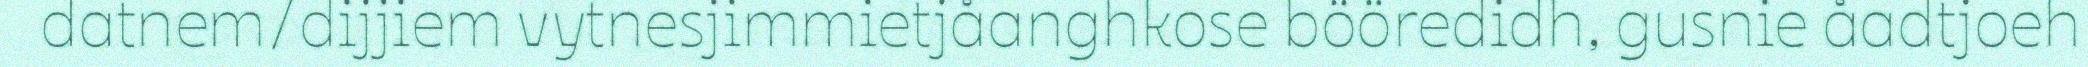
datnem/dijjiem vytnesjimmietjåanghkose bööredidh, gusnie åadtjoeh